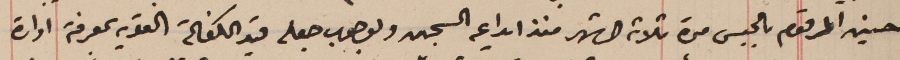
حسين المرقوم بالحبس مدة ثلاثة اشهر منذ ايداعه السجن وبوجوب جعله قيد الكفالة القوية بمعرفة ادارة